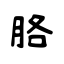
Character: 胳